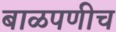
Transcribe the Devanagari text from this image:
बाळपणीच